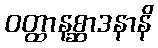
ဝတ္ထာနစ္ဆာဒနာနိ